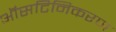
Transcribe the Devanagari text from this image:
ऑसटिनिकरण